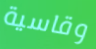
وقاسية